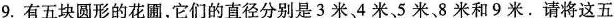
9.有五块圆形的花圃，它们的直径分别是3米、4米、5米、8米和9米。请将这五